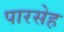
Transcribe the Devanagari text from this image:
पारसेह